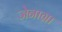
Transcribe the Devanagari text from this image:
जेनाग्रा